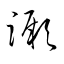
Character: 蹶